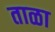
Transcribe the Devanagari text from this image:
ताळा